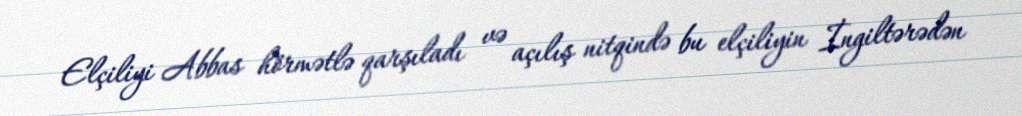
Elçiliyi Abbas hörmətlə qarşıladı və açılış nitqində bu elçiliyin İngiltərədən